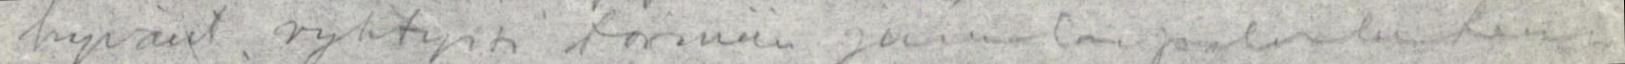
hyvänt., ryhtyisi toimiin jumalanpalveluksen